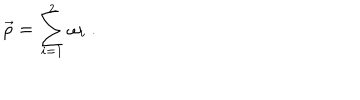
LaTeX: \vec { \rho } = \sum _ { i = 1 } ^ { 2 } \omega _ { i } \ .